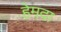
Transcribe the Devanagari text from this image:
हेमदा